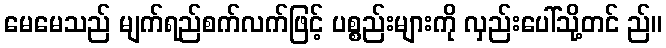
မေမေသည် မျက်ရည်စက်လက်ဖြင့် ပစ္စည်းများကို လှည်းပေါ်သို့တင် ည်။